Indian journal of veterinary science and animal husbandry - Volume 2,
Year: 1932
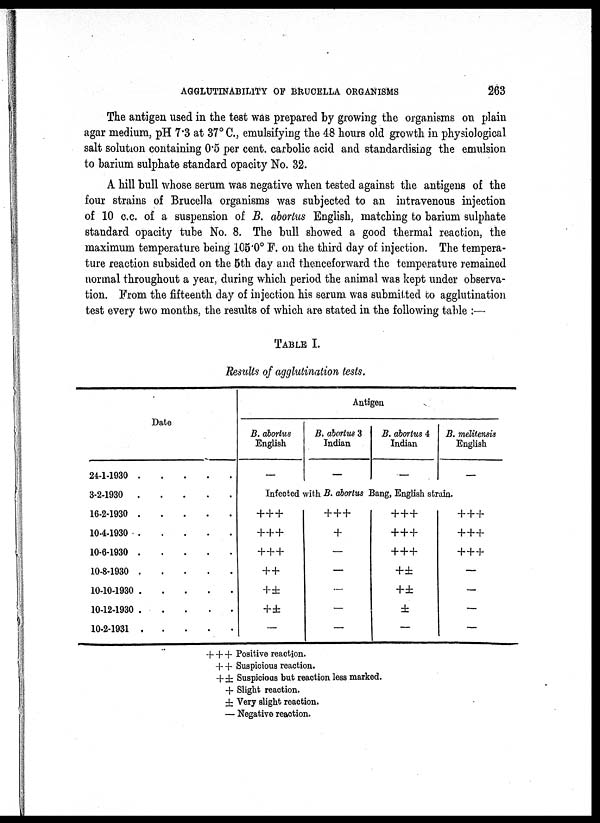
AGGLUTINABILITY OF BRUCELLA ORGANISMS
263
The antigen used in the test was prepared by growing the organisms on plain
agar medium, pH 7.3 at 37° C., emulsifying the 48 hours old growth in physiological
salt solution containing 0.5 per cent. carbolic acid and standardising the emulsion
to barium sulphate standard opacity No. 32.
A hill bull whose serum was negative when tested against the antigens of the
four strains of Brucella organisms was subjected to an intravenous injection
of 10 c.c. of a suspension of B. abortus English, matching to barium sulphate
standard opacity tube No. 8. The bull showed a good thermal reaction, the
maximum temperature being 105.0° F. on the third day of injection. The tempera-
ture reaction subsided on the 5th day and thenceforward the temperature remained
normal throughout a year, during which period the animal was kept under observa-
tion. From the fifteenth day of injection his serum was submitted to agglutination
test every two months, the results of which are stated in the following table :—
TABLE I.
Results of agglutination tests.
Date
24-1-1930
3-2-1930
16-2-1930
10-4-1930
10-6-1930
10-8-1930
10-10-1930
10-12-1930
10-2-1931
.
.
.
.
.
.
.
.
.
.
.
.
.
.
.
.
.
.
.
.
.
.
.
.
.
.
.
.
.
.
.
.
.
.
.
.
.
.
.
.
.
.
.
.
.
Antigen
B. abortus
English
—
B. abortus 3
Indian
—
B. abortus 4
Indian
—
B. melitensis
English
—
Infected with B. abortus Bang, English strain.
+++
+++
+++
++
+±
+±
—
+++
+
—
—
—
—
—
+ + +
+ + +
+++
+±
+ ±
±
—
+ + +
+ + +
+ + +
—
—
—
—
+++ Positive reaction.
+ + Suspicious reaction.
+ ± Suspicious but reaction less marked.
+ Slight reaction.
± Very slight reaction.
— Negative reaction.